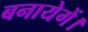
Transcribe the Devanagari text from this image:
बनायेगें।